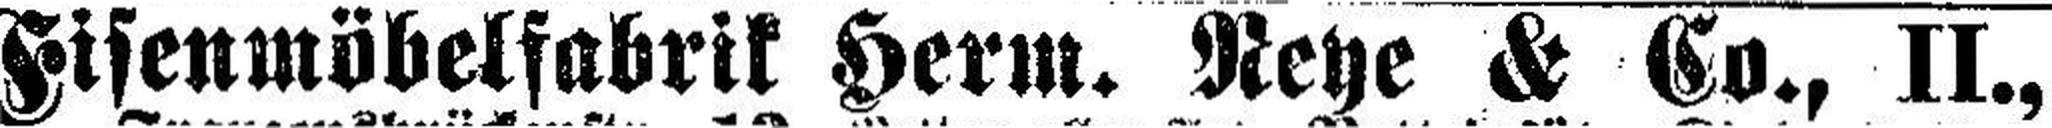
Eisenmöbelfabrik Herm. Reye & Co., II.,